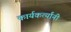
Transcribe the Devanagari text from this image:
कार्यकर्त्‍यांनी